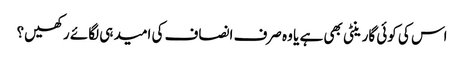
اس کی کوئی گارینٹی بھی ہے یا وہ صرف انصاف کی امید ہی لگائے رکھیں؟